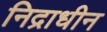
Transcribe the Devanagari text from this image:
निद्राधीन